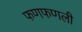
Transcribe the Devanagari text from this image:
फणफणली